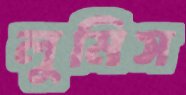
লুমিস